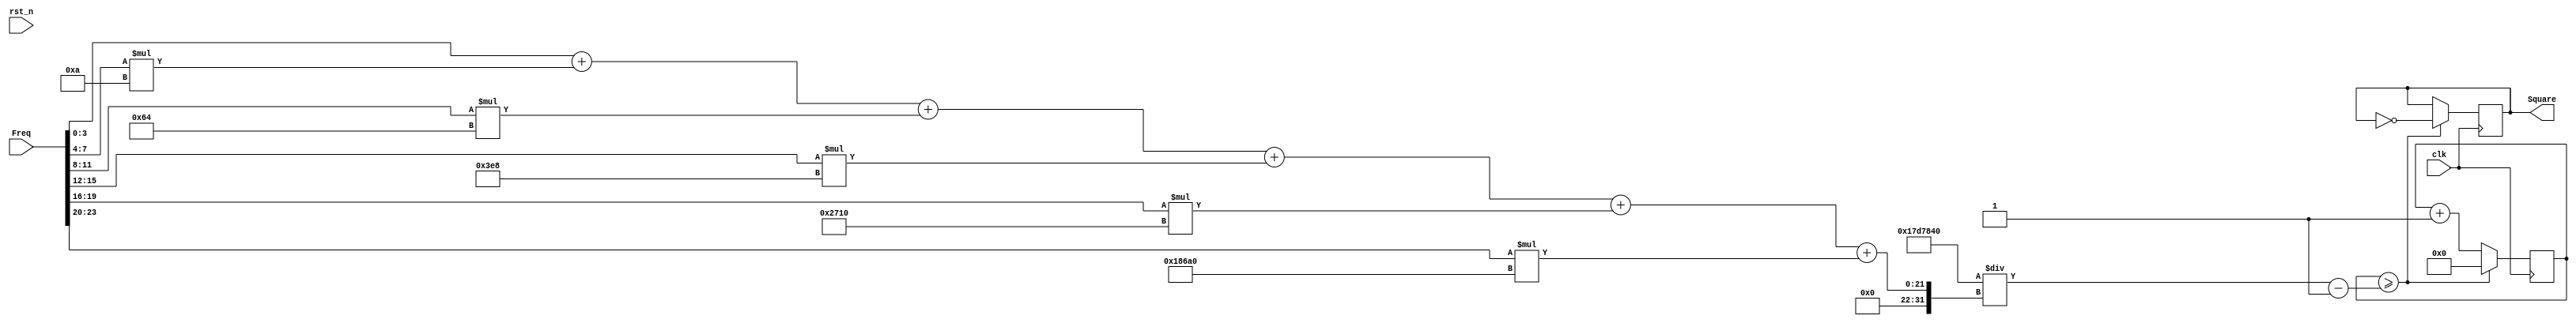
`timescale 1ns / 1ps
//////////////////////////////////////////////////////////////////////////////////
// Company: 
// Engineer: 
// 
// Design Name: 
// Module Name:    Generator 
// Project Name: 
// Target Devices: 
// Tool versions: 
// Description: 
//
// Dependencies: 
//
// Revision: 
// Revision 0.01 - File Created
// Additional Comments: 
//
//////////////////////////////////////////////////////////////////////////////////
module Generator
(
	input        clk,
	input        rst_n,
	input[23:0]  Freq,
	output reg   Square
);
localparam[31:0] FOSC_HALF = 32'd25000000;
reg[31:0]        timer;
wire[31:0] Freq_d = Freq[3:0]
				  + Freq[7:4] * 32'd10
				  + Freq[11:8] * 32'd100
				  + Freq[15:12] * 32'd1000
				  + Freq[19:16] * 32'd10000
				  + Freq[23:20] * 32'd100000;
wire[31:0] Counter = FOSC_HALF / Freq_d - 1;
always@(posedge clk)
begin
	if(timer >= Counter)
	begin
		timer <= 32'b0;
		Square <= !Square;
	end
	else
	begin
		timer <= timer + 32'b1;
		Square <= Square;
	end
end
endmodule